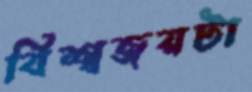
বিশ্বজয়টা